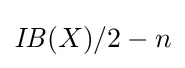
{\mathit {IB}}(X)/2-n